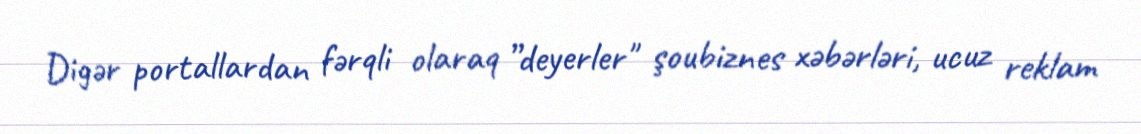
Digər portallardan fərqli olaraq ”deyerler" şoubiznes xəbərləri, ucuz reklam